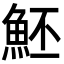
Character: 魾